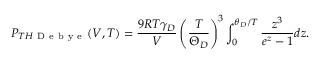
P _ { T H \mathrm { ~ D ~ e ~ b ~ y ~ e ~ } } ( V , T ) = \frac { 9 R T \gamma _ { D } } { V } \left( \frac { T } { \Theta _ { D } } \right) ^ { 3 } \int _ { 0 } ^ { \theta _ { D } / T } \frac { z ^ { 3 } } { e ^ { z } - 1 } d z .